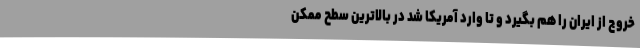
خروج از ایران را هم بگیرد و تا وارد آمریکا شد در بالاترین سطح ممکن